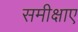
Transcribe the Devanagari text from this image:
समीक्षाए